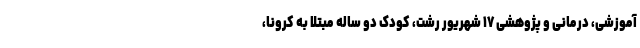
آموزشی، درمانی و پژوهشی ۱۷ شهریور رشت، کودک دو ساله مبتلا به کرونا،